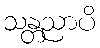
သန္တညာပိ